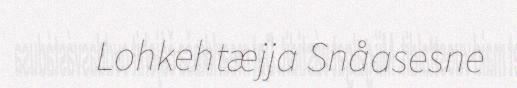
Lohkehtæjja Snåasesne